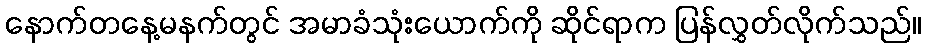
နောက်တနေ့မနက်တွင် အမာခံသုံးယောက်ကို ဆိုင်ရာက ပြန်လွှတ်လိုက်သည်။